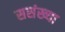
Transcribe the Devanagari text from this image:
ससंख्या